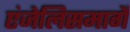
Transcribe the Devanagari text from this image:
एंजेलिसमार्गे